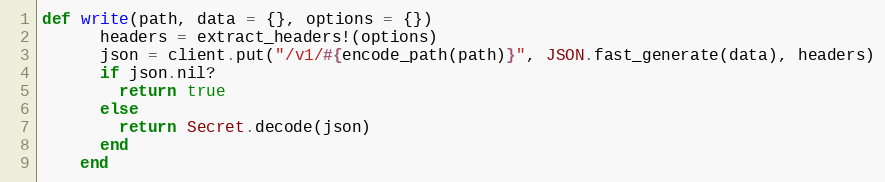
Language: Ruby
def write(path, data = {}, options = {})
      headers = extract_headers!(options)
      json = client.put("/v1/#{encode_path(path)}", JSON.fast_generate(data), headers)
      if json.nil?
        return true
      else
        return Secret.decode(json)
      end
    end